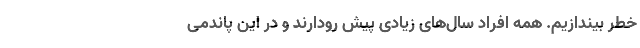
خطر بیندازیم. همه افراد سال‌های زیادی پیش رودارند و در این پاندمی